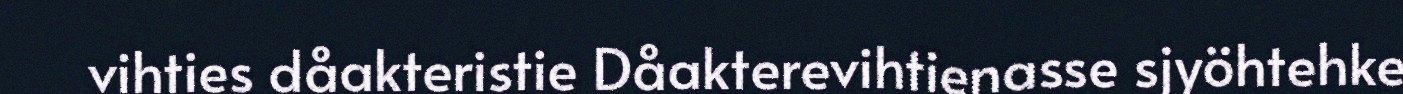
vihties dåakteristie Dåakterevihtienasse sjyöhtehke